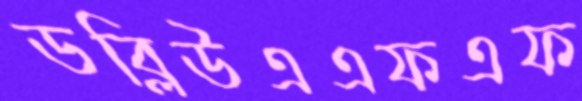
ডব্লিউএএফএফ